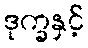
ဒုက္ခနှင့်